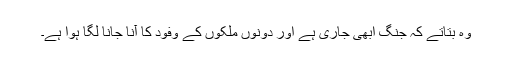
وہ بتاتے کہ جنگ ابھی جاری ہے اور دونوں ملکوں کے وفود کا آنا جانا لگا ہوا ہے۔